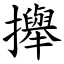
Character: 攑